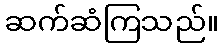
ဆက်ဆံကြသည်။